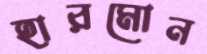
হারমোন